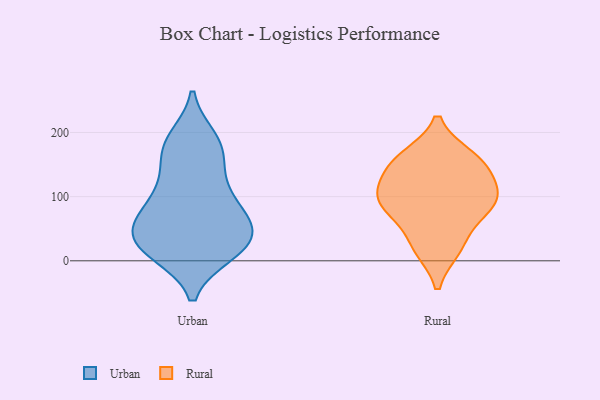
{"axis": {"x": "Churn Rate (%)", "y": "Value"}, "legend": ["Rural", "Urban"], "data": [{"x": "", "y": 150, "type": "Urban"}, {"x": "", "y": 103, "type": "Urban"}, {"x": "", "y": 11, "type": "Urban"}, {"x": "", "y": 119, "type": "Urban"}, {"x": "", "y": 191, "type": "Urban"}, {"x": "", "y": 172, "type": "Urban"}, {"x": "", "y": 15, "type": "Urban"}, {"x": "", "y": 172, "type": "Urban"}, {"x": "", "y": 22, "type": "Urban"}, {"x": "", "y": 190, "type": "Urban"}, {"x": "", "y": 104, "type": "Urban"}, {"x": "", "y": 78, "type": "Urban"}, {"x": "", "y": 11, "type": "Urban"}, {"x": "", "y": 42, "type": "Urban"}, {"x": "", "y": 70, "type": "Urban"}, {"x": "", "y": 58, "type": "Urban"}, {"x": "", "y": 45, "type": "Urban"}, {"x": "", "y": 19, "type": "Urban"}, {"x": "", "y": 51, "type": "Urban"}, {"x": "", "y": 53, "type": "Urban"}, {"x": "", "y": 24, "type": "Rural"}, {"x": "", "y": 100, "type": "Rural"}, {"x": "", "y": 75, "type": "Rural"}, {"x": "", "y": 161, "type": "Rural"}, {"x": "", "y": 158, "type": "Rural"}, {"x": "", "y": 99, "type": "Rural"}, {"x": "", "y": 84, "type": "Rural"}, {"x": "", "y": 20, "type": "Rural"}, {"x": "", "y": 132, "type": "Rural"}, {"x": "", "y": 150, "type": "Rural"}, {"x": "", "y": 98, "type": "Rural"}]}